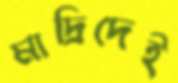
মাদ্রিদেই